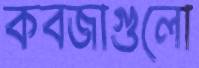
কবজাগুলো